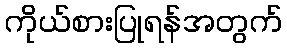
ကိုယ်စားပြုရန်အတွက်